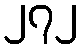
၂၇၂